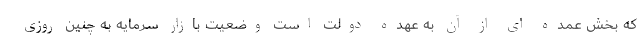
که بخش عمده ای از آن به عهده دولت است وضعیت بازار سرمایه به چنین روزی